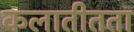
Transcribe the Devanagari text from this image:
कलातीतता